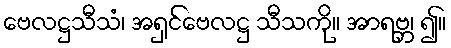
ဗေလဋ္ဌသီသံ၊ အရှင်ဗေလဋ္ဌ သီသကို။ အာရဗ္ဘ၊ ၍။